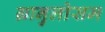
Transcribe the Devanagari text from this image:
ग्रानुलोसम